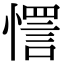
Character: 㦒